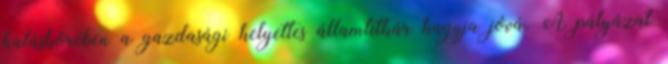
hatáskörében a gazdasági helyettes államtitkár hagyja jóvá. A pályázat